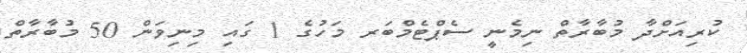
ކުރިއަށްދާ މުބާރާތް ނިމެނީ ސެޕްޓެމްބަރ މަހުގެ 1 ގައި މިނިވަން 50 މުބާރާތް